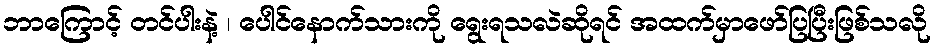
ဘာကြောင့် တင်ပါးနဲ့ ၊ ပေါင်နောက်သားကို ရွေးရသလဲဆိုရင် အထက်မှာဖော်ပြပြီးဖြစ်သလို